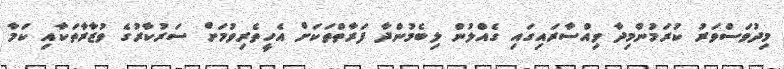
މިދުވަސްވަރު ކުރަމުންމިދާ ވިއްސާރައިގައި ގެއްލުން ލިބެމުންދާ ފަރާތްތަކަށް އެހީތެރިވުމަށް ސަރުކާރުގެ ވުޒާރާތަކާއި ކަމާ